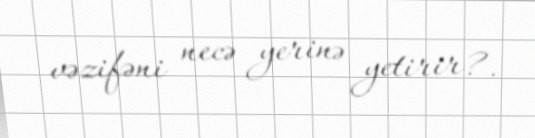
vəzifəni necə yerinə yetirir?.